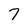
Character: 7